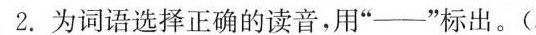
2.为词语选择正确的读音，用”--”标出。(3分)